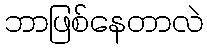
ဘာဖြစ်နေတာလဲ